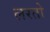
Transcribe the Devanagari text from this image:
लरतो